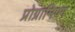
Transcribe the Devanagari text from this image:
प्रोग्रामिण्ग